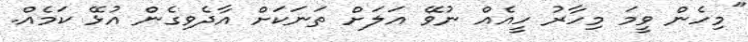
"މިހެން ވީމަ މިހާރު ހީއެއް ނުވޭ އަލަށް ތަނަކަށް އާދެވިގެން އުޅޭ ކަމެއް.